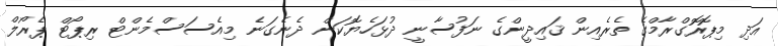
އަދި މިޕޮރޮގްރާމްގެ ތެރެއިން ޤައިދީންގެ ނަފުސާނީ ދުޅަހެޔޮކަން ދެނެގަނެ މިއެސަސްމެންޓް ރިޕޯޓް ޕެރޯލް